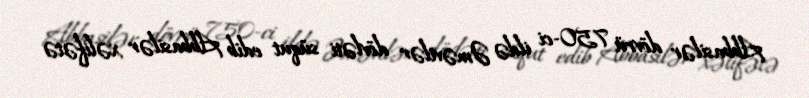
Abbasilər dövrü 750-ci ildə Əməvilər dövləti süqut edib Abbasilər xəlifətə